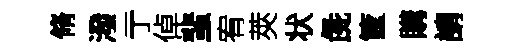
脩潑亍倬蜚宥莢状彘筐購請